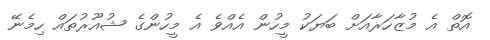
އޮތް އެ މުޒާހަރާއަށް ބަޔަކު މީހުން އެއްވެ އެ މީހުންގެ ޝުއޫރުތައް ހިމެނޭ